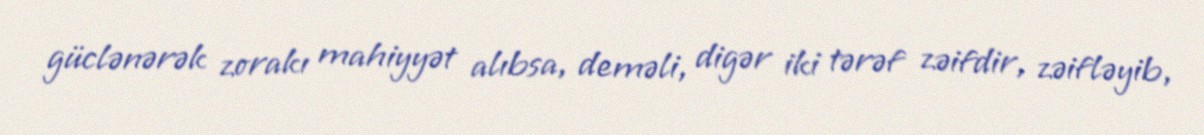
güclənərək zorakı mahiyyət alıbsa, deməli, digər iki tərəf zəifdir, zəifləyib,